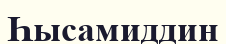
Һысамиддин